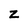
Character: Z